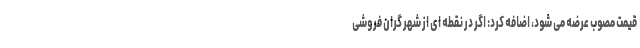
قیمت مصوب عرضه می شود، اضافه کرد: اگر در نقطه ای از شهر گران فروشی